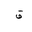
Letter: _qaf